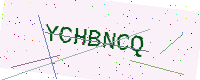
Text: YCHBNCQ